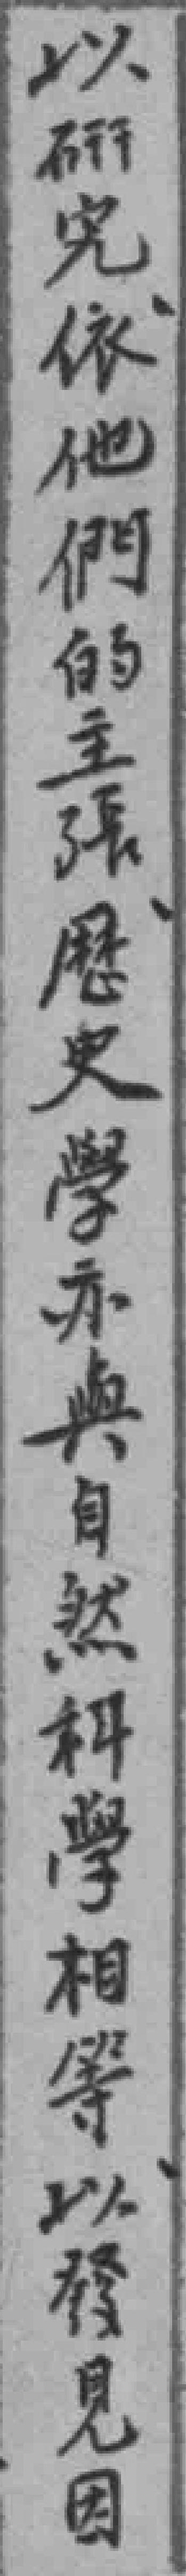
以研究依他們的主張歷史學亦舆自然科學相等以發見因